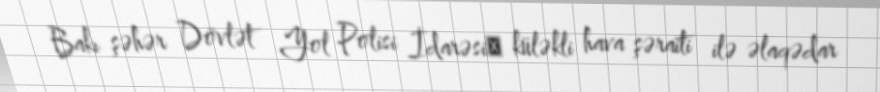
Bakı şəhər Dövlət Yol Polisi İdarəsi​ küləkli hava şəraiti ilə əlaqədar